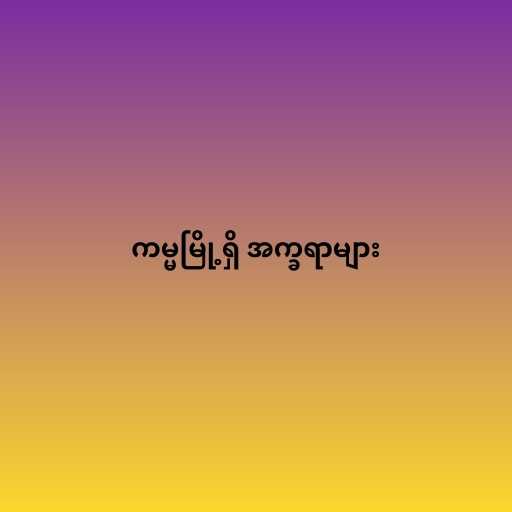
ကမ္မမြို့ရှိ အက္ခရာများ